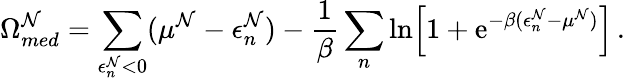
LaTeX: \Omega_{med}^{\mathcal{N}}=\sum_{\epsilon_{n}^{\mathcal{N}}<0}(\mu^{\mathcal{N}}-\epsilon_{n}^{\mathcal{N}})-{\frac{{1}}{{\beta}}}\sum_{n}\ln\Bigl[1+\mathrm{{e}}^{-\beta(\epsilon_{n}^{\mathcal{N}}-\mu^{\mathcal{N}})}\Bigr]\, .